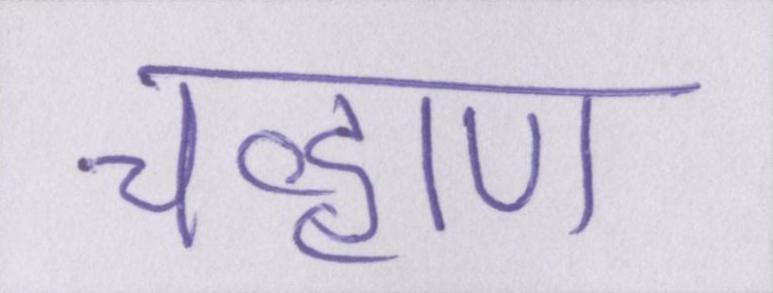
चव्हाण